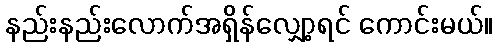
နည်းနည်းလောက်အရှိန်လျှော့ရင် ကောင်းမယ်။